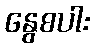
နွေစပါး